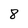
Character: 8